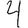
Digit: 4